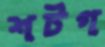
শটগ